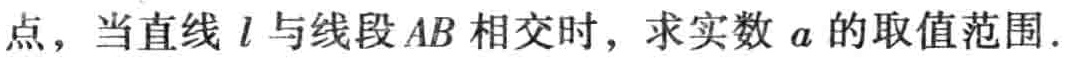
点，当直线 \(l\) 与线段 \(AB\) 相交时，求实数 \(a\) 的取值范围.